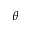
\theta